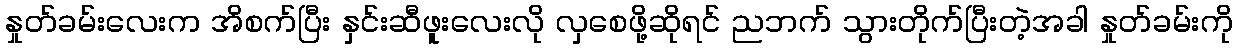
နှုတ်ခမ်းလေးက အိစက်ပြီး နှင်းဆီဖူးလေးလို လှစေဖို့ဆိုရင် ညဘက် သွားတိုက်ပြီးတဲ့အခါ နှုတ်ခမ်းကို